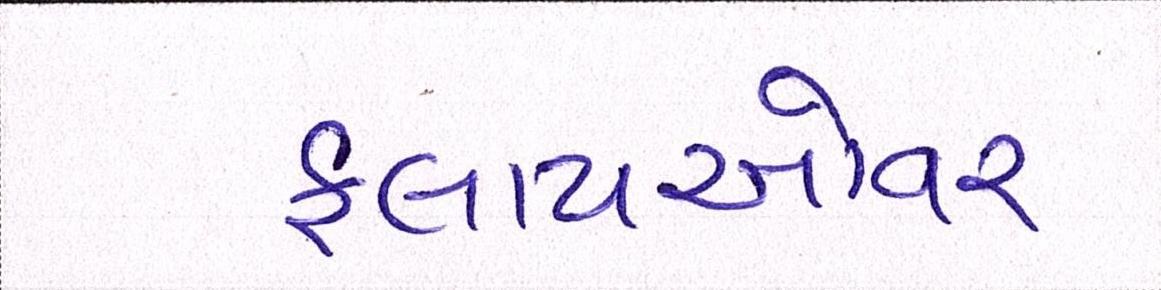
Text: ફ્લાયઓવર